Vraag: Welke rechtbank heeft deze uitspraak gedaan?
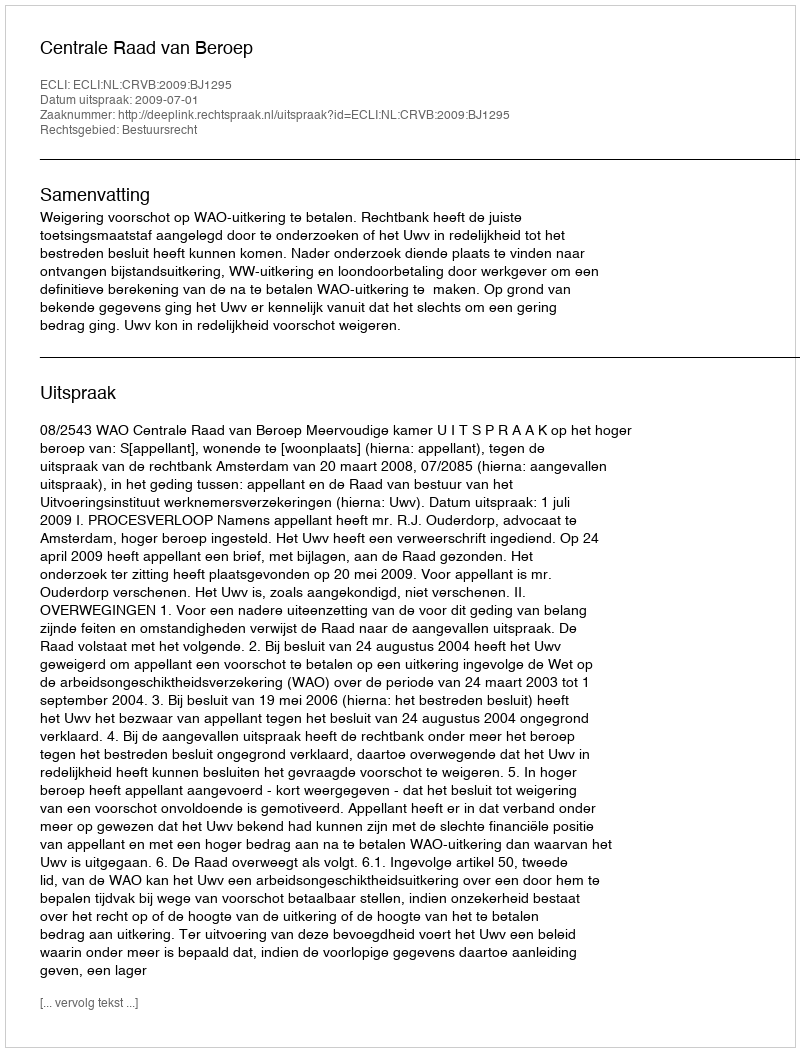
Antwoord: Centrale Raad van Beroep